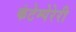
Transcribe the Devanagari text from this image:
कंटेम्पेरेरी